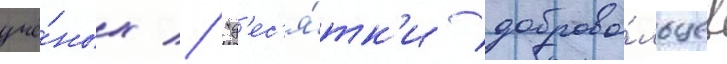
учё́ных // "д'ес'я́тк'и доброво́льцев